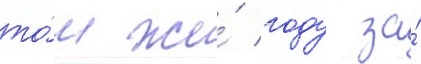
то́м же́ году за́